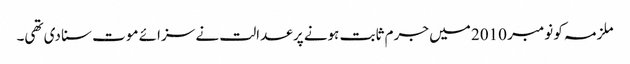
ملزمہ کو نومبر 2010 میں جرم ثابت ہونے پر عدالت نے سزائے موت سنا دی تھی۔